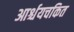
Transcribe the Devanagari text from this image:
आर्श्चयचकित